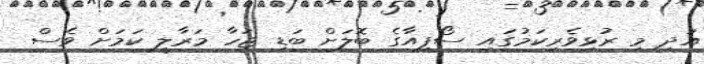
އަދި މި ރުޅިވެރިކަމުގައި ސޯފިއާގެ ބޮލަށް ބަޑި ޖަހާ މަރާލީ ކަމަށް ވެސް